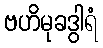
ဗဟိမုခဒွါရံ